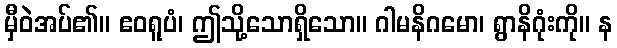
မှီဝဲအပ်၏။ ဧဝရူပံ၊ ဤသို့သောရှိသော။ ဂါမနိဂမော၊ ရွာနိဂုံးကို။ န